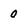
Character: 0